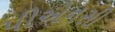
પીએનસી